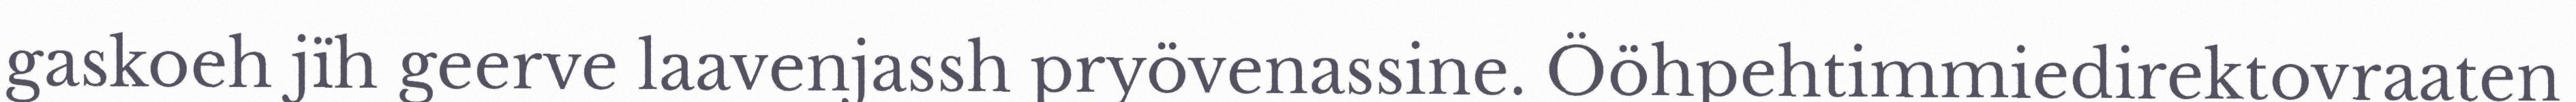
gaskoeh jïh geerve laavenjassh pryövenassine. Ööhpehtimmiedirektovraaten